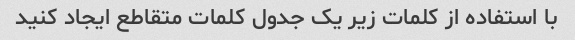
با استفاده از کلمات زیر یک جدول کلمات متقاطع ایجاد کنید